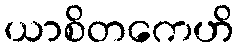
ယာစိတကေဟိ